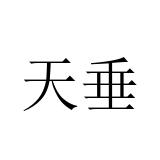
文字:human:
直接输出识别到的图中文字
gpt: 天垂